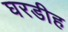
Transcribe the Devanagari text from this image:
घरडीह